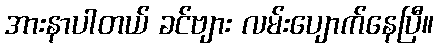
အားနာပါတယ် ခင်ဗျား လမ်းပျောက်နေပြီ။